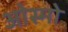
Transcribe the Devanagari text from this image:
ओस्मो